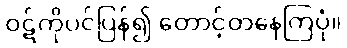
ဝဋ်ကိုပင်ပြန်၍ တောင့်တနေကြပုံ။